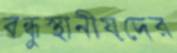
বন্ধুস্থানীয়দের